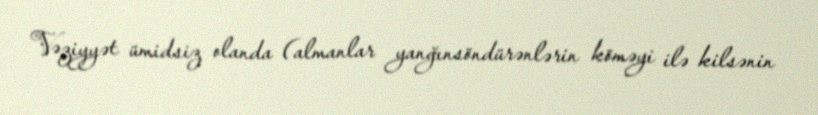
Vəziyyət ümidsiz olanda (almanlar yanğınsöndürənlərin köməyi ilə kilsənin